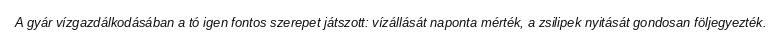
A gyár vízgazdálkodásában a tó igen fontos szerepet játszott: vízállását naponta mérték, a zsilipek nyitását gondosan följegyezték.